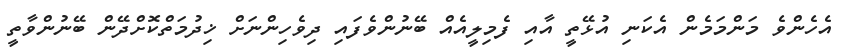
އެހެންވެ މަންމަމެން އެކަނި އުޅޭތީ އާއި ފެމިލީއެއް ބޭނުންވެފައި ދިވެހިންނަށް ޚިދުމަތްކޮށްދޭން ބޭނުންވާތީ